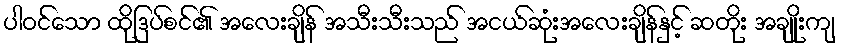
ပါဝင်သော ထိုဒြပ်စင်၏ အလေးချိန် အသီးသီးသည် အငယ်ဆုံးအလေးချိန်နှင့် ဆတိုး အချိုးကျ